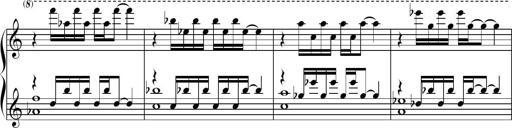
Title: Sonatine basque
Composer: Louis Sauter